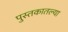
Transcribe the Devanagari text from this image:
पुस्‍तकातल्या